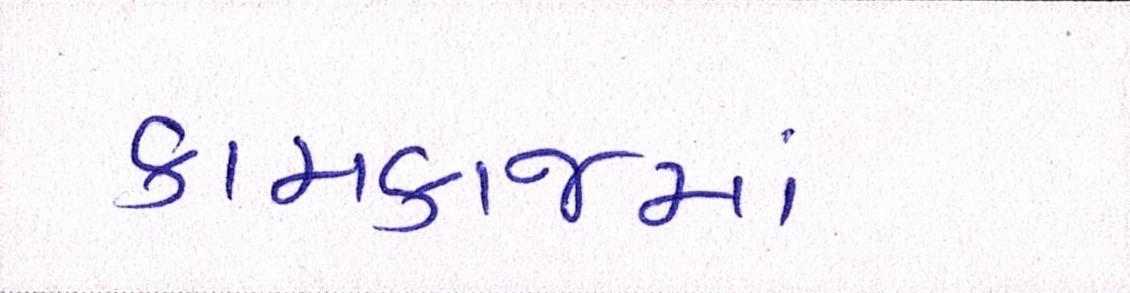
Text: કામકાજમાં